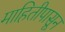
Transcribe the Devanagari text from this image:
माहितीपासून